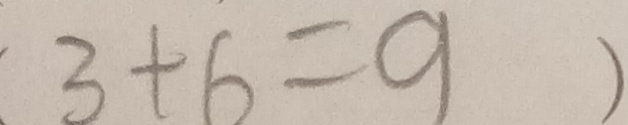
3 + 6 = 9